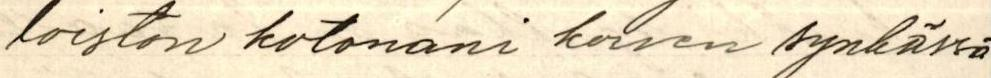
loiston kotonani korven synkässä